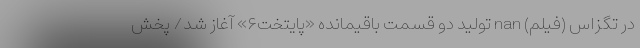
در تگزاس (فیلم) nan تولید دو قسمت باقیمانده «پایتخت۶» آغاز شد/ پخش